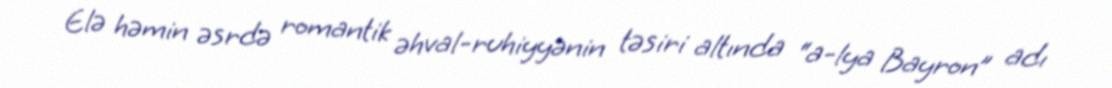
Elə həmin əsrdə romantik əhval-ruhiyyənin təsiri altında “a-lya Bayron” adı